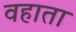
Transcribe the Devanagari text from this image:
वहाता